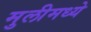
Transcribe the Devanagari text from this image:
मुलीमध्ये